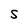
Character: S